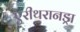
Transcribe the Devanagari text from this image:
एरीथरानड्रा